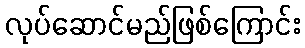
လုပ်ဆောင်မည်ဖြစ်ကြောင်း